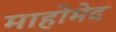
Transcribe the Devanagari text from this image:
माहोमेद